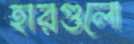
হারগুলো